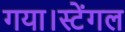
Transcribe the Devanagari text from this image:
गया।स्टेंगल